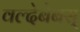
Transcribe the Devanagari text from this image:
वल्देबेबस्